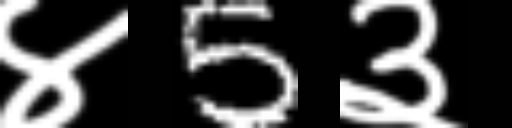
Text: ४5३